Report on the bubonic plague in Bombay, 1896-1897
Year: 1896
Disease focus: Plague
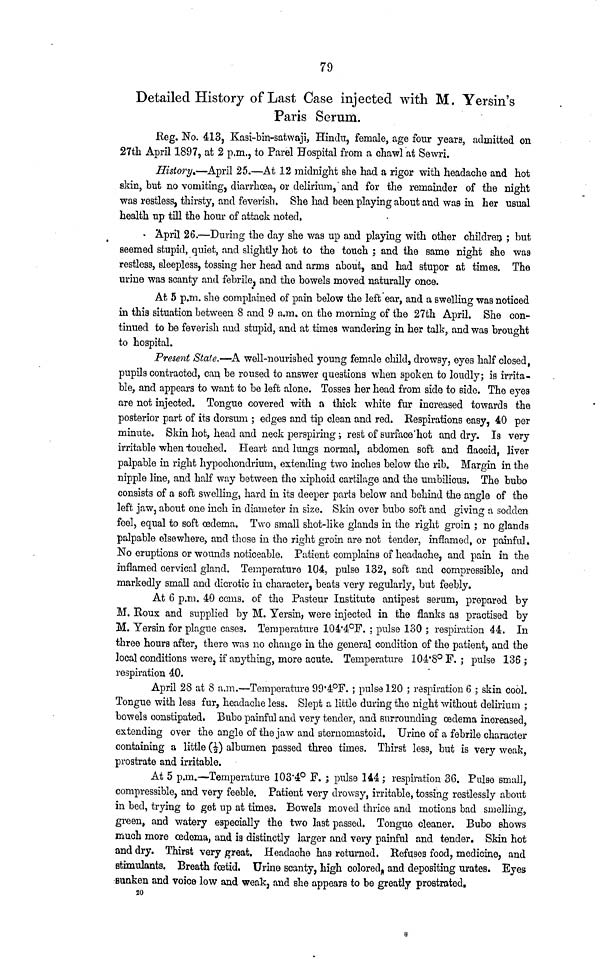
79
Detailed History of Last Case injected with M. Yersin's
Paris Serum.
Reg. No. 413, Kasi-bin-satwaji, Hindu, female, age four years, admitted on
27th April 1897, at 2 p.m., to Parel Hospital from a chawl at Sewri.
History.—April 25.—At 12 midnight she had a rigor with headache and hot
skin, but no vomiting, diarrhoea, or delirium, and for the remainder of the night
was restless, thirsty, and feverish. She had been playing about and was in her usual
health up till the hour of attack noted.
April 26.—During the day she was up and playing with other children ; but
seemed stupid, quiet, and slightly hot to the touch ; and the same night she was
restless, sleepless, tossing her head and arms about, and had stupor at times. The
urine was scanty and febrile, and the bowels moved naturally once.
At 5 p.m. she complained of pain below the left ear, and a swelling was noticed
in this situation between 8 and 9 a.m. on the morning of the 27th April, She con-
tinued to be feverish and stupid, and at times wandering in her talk, and was brought
to hospital.
Present State.—A well-nourished young female child, drowsy, eyes half closed,
pupils contracted, can be roused to answer questions when spoken to loudly; is irrita-
ble, and appears to want to be left alone. Tosses her head from side to side. The eyes
are not injected. Tongue covered with a thick white fur increased towards the
posterior part of its dorsum ; edges and tip clean and red. Respirations easy, 40 per
minute. Skin hot, head and neck perspiring ; rest of surface hot and dry. Is very
irritable when touched. Heart and lungs normal, abdomen soft and flaccid, liver
palpable in right hypochondrium, extending two inches below the rib. Margin in the
nipple line, and half way between the xiphoid cartilage and the umbilicus. The bubo
consists of a soft swelling, hard in its deeper parts below and behind the angle of the
left jaw, about one inch in diameter in size. Skin over bubo soft and giving a sodden
feel, equal to soft œdema. Two small shot-like glands in the right groin ; no glands
palpable elsewhere, and those in the right groin are not tender, inflamed, or painful.
No eruptions or wounds noticeable. Patient complains of headache, and pain in the
inflamed cervical gland. Temperature 104, pulse 132, soft and compressible, and
markedly small and dicrotic in character, beats very regularly, but feebly.
At 6 p.m. 40 ccms. of the Pasteur Institute antipest serum, prepared by
M. Roux and supplied by M. Yersin, were injected in the flanks as practised by
M. Yersin for plague cases. Temperature 104.4°F. ; pulse 130 ; respiration 44. In
three hours after, there was no change in the general condition of the patient, and the
local conditions were, if anything, more acute. Temperature 104.8° F.; pulse 136;
respiration 40.
April 28 at 8 a.m.—Temperature 99.4°F. ; pulse 120 ; respiration 6 ; skin cool.
Tongue with less fur, headache less. Slept a little during the night without delirium ;
bowels constipated. Bubo painful and very tender, and surrounding œdema increased,
extending over the angle of the jaw and sternomastoid. Urine of a febrile character
containing a little (½) albumen passed three times. Thirst less, but is very weak,
prostrate and irritable.
At 5 p.m.—Temperature 103.4° F. ; pulse 144 ; respiration 36. Pulse small,
compressible, and very feeble. Patient very drowsy, irritable, tossing restlessly about
in bed, trying to get up at times. Bowels moved thrice and motions bad smelling,
green, and watery especially the two last passed. Tongue cleaner. Bubo shows
much more œdema, and is distinctly larger and very painful and tender. Skin hot
and dry. Thirst very great. Headache has returned. Refuses food, medicine, and
stimulants. Breath fœtid. Urine scanty, high colored, and depositing urates. Eyes
sunken and voice low and weak, and she appears to be greatly prostrated,
20